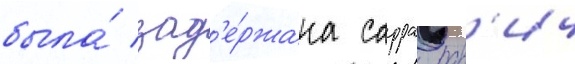
была́ зад'е́ржана сарра рав'ич